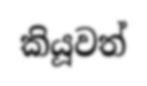
කියූවත්